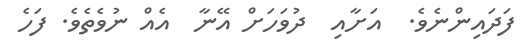
ފަދައިންނެވެ.  އަށާއި  ދުވަހަށް އޭނާ  އެއް ނުވެތެވެ. ފަހެ